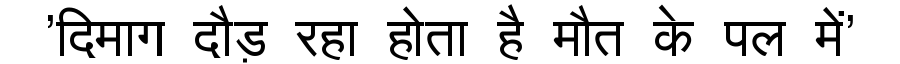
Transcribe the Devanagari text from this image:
'दिमाग दौड़ रहा होता है मौत के पल में'